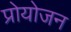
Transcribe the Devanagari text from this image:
प्रोयोजन